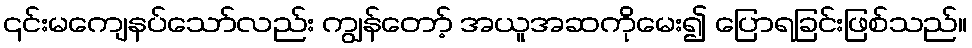
၎င်းမကျေနပ်သော်လည်း ကျွန်တော့် အယူအဆကိုမေး၍ ပြောရခြင်းဖြစ်သည်။